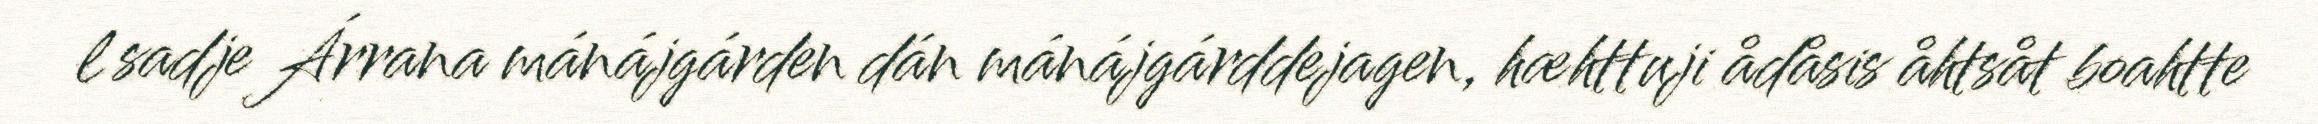
l sadje Árrana mánájgárden dán mánájgárddejagen, hæhttuji ådåsis åhtsåt boahtte